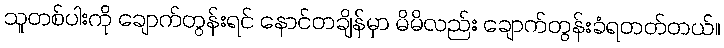
သူတစ်ပါးကို ချောက်တွန်းရင် နောင်တချိန်မှာ မိမိလည်း ချောက်တွန်းခံရတတ်တယ်။